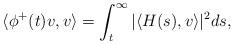
LaTeX: \begin{align*}\langle\phi^{+}(t) v,v \rangle =\int_{t}^{\infty} |\langle H(s), v \rangle|^2 ds,\end{align*}